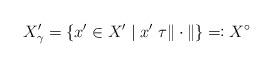
LaTeX: \begin{align*}X_{\gamma}'=\{x'\in X'\;|\;x'\;\tau \|\cdot\|\}\eqqcolon X^{\circ}\end{align*}